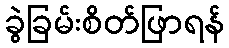
ခွဲခြမ်းစိတ်ဖြာရန်